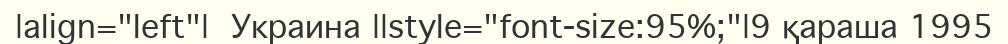
|align="left"|  Украина ||style="font-size:95%;"|9 қараша 1995